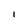
Character: I